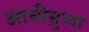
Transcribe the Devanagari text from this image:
आधीसुध्दा